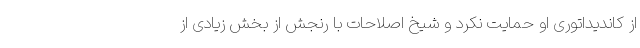
از کاندیداتوری او حمایت نکرد و شیخ اصلاحات با رنجش از بخش زیادی از